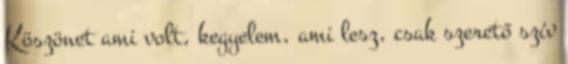
Köszönet ami volt, kegyelem, ami lesz, csak szerető szív